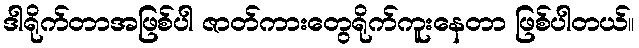
ဒါရိုက်တာအဖြစ်ပါ ဇာတ်ကားတွေရိုက်ကူးနေတာ ဖြစ်ပါတယ်။